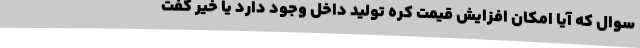
سوال که آیا امکان افزایش قیمت کره تولید داخل وجود دارد یا خیر گفت